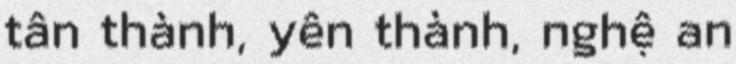
tân thành, yên thành, nghệ an